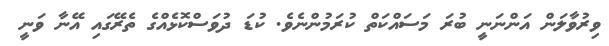
ވިރުވާލަން އަންނަނީ ބުރަ މަސައްކަތް ކުރަމުންނެވެ. ކުޑަ ދުވަސްްކޮޅެއްގެ ތެރޭގައި އޭނާ ވަނީ